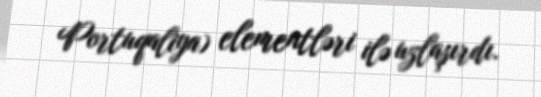
Portuqaliya) elementləri ilə uzlaşırdı.